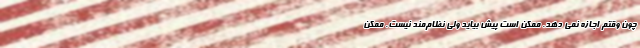
چون وقتم اجازه نمی دهد. ممکن است پیش بیاید ولی نظام‌مند نیست. ممکن